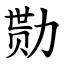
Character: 勚